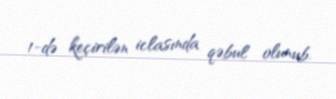
1-də keçirilən iclasında qəbul olunub.